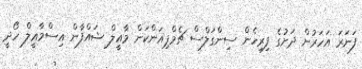
ފަނަރަ އަހަރުން ދަށުގެ ފިރިހެން ސިންގަލްސް ޗެމްޕިއަންކަން މާއީލް ޝައްފާން އިސްމާޢީލް ހޯދީ